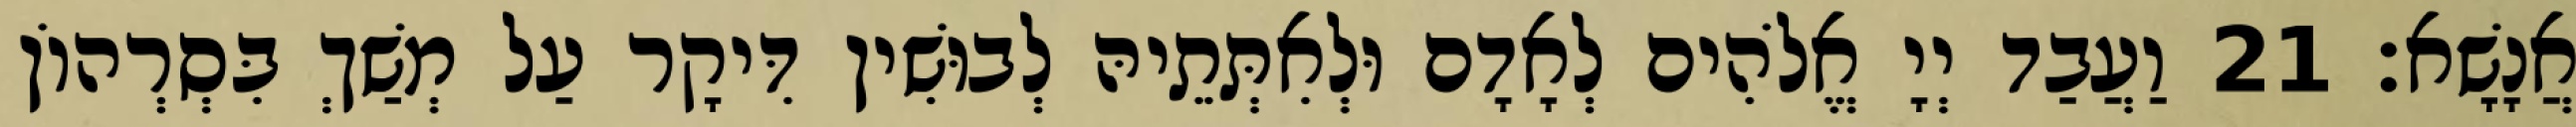
אֲנָשָׁא׃ 21 וַעֲבַד יְיָ אֱלֹהִים לְאָדָם וּלְאִתְּתֵיהּ לְבוּשִׁין דִּיקָר עַל מְשַׁךְ בִּסְרְהוֹן